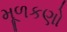
મૂળકણો